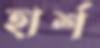
হার্শ